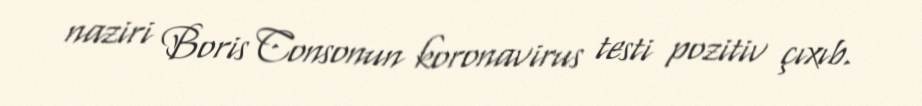
naziri Boris Consonun koronavirus testi pozitiv çıxıb.